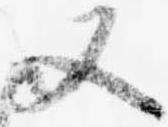
又